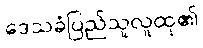
ဒေသခံပြည်သူလူထု၏